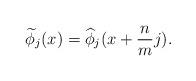
LaTeX: \begin{align*}\widetilde{\phi}_j(x)= \widehat{\phi}_j(x+\frac{n}{m}j).\end{align*}